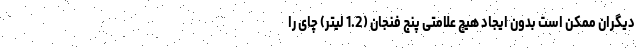
دیگران ممکن است بدون ایجاد هیچ علامتی پنج فنجان (1.2 لیتر) چای را